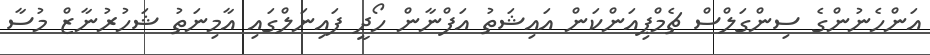
އަންހެނުންގެ ސިންގަލްސް ޗެމްޕިއަންކަން އައިޝަތު އަފްނާން ހޯދީ ފައިނަލްގައި އާމިނަތު ޝަހުރުނާޒް މުސާ